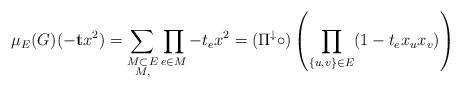
LaTeX: \begin{align*}\mu_E(G)(-\mathbf{t}x^2) = \sum_{\substack{M \subset E \\ M, }} \prod_{e \in M} -t_e x^2 = (\Pi^\downarrow \circ )\left(\prod_{\{u,v\} \in E} (1 - t_ex_ux_v)\right)\end{align*}